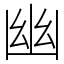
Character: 幽